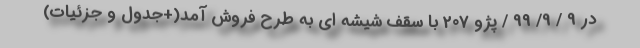
در 9 / 9/ 99 / پژو 207 با سقف شیشه ای به طرح فروش آمد(+جدول و جزئیات)